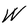
Character: W